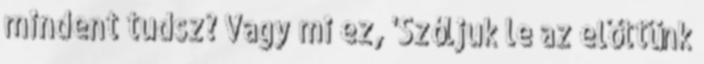
mindent tudsz? Vagy mi ez, 'Szóljuk le az előttünk